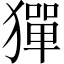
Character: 㺗